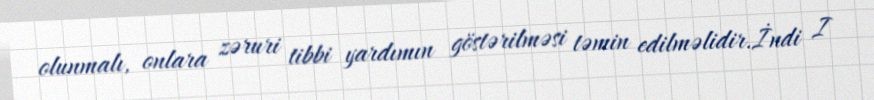
olunmalı, onlara zəruri tibbi yardımın göstərilməsi təmin edilməlidir.İndi I